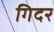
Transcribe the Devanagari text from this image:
गिदर